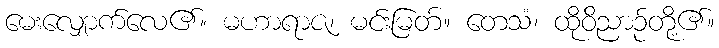
မေးလျှောက်လေ၏။ မဟာရာဇ၊ မင်းမြတ်။ တေသံ၊ ထိုဝိညာဉ်တို့၏။